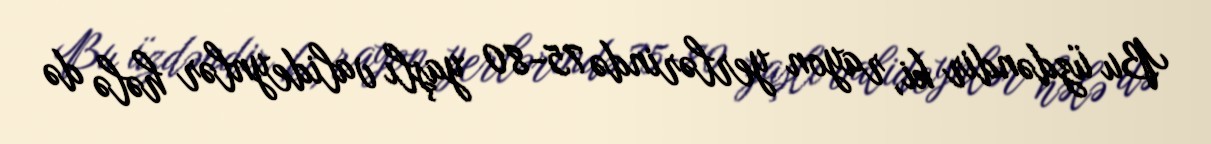
Bu üzdəndir ki, rayon yerlərində 75-80 yaşlı valideynlər hələ də